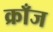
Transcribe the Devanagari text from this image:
क्राँज